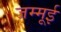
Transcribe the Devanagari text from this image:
जम्मूई